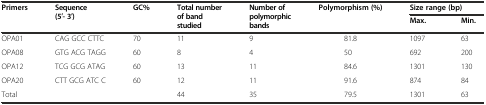
<table><thead><tr><td rowspan="2"><b>Primers</b></td><td rowspan="2"><b>Sequence (5′- 3′)</b></td><td rowspan="2"><b>GC%</b></td><td rowspan="2"><b>Total number of band studied</b></td><td rowspan="2"><b>Number of polymorphic bands</b></td><td rowspan="2"><b>Polymorphism (%)</b></td><td colspan="2"><b>Size range (bp)</b></td></tr><tr><td><b>Max.</b></td><td><b>Min.</b></td></tr></thead><tbody><tr><td>OPA01</td><td>CAG GCC CTTC</td><td>70</td><td>11</td><td>9</td><td>81.8</td><td>1097</td><td>63</td></tr><tr><td>OPA08</td><td>GTG ACG TAGG</td><td>60</td><td>8</td><td>4</td><td>50</td><td>692</td><td>200</td></tr><tr><td>OPA12</td><td>TCG GCG ATAG</td><td>60</td><td>13</td><td>11</td><td>84.6</td><td>1301</td><td>130</td></tr><tr><td>OPA20</td><td>CTT GCG ATC C</td><td>60</td><td>12</td><td>11</td><td>91.6</td><td>874</td><td>84</td></tr><tr><td>Total</td><td></td><td></td><td>44</td><td>35</td><td>79.5</td><td>1301</td><td>63</td></tr></tbody></table>